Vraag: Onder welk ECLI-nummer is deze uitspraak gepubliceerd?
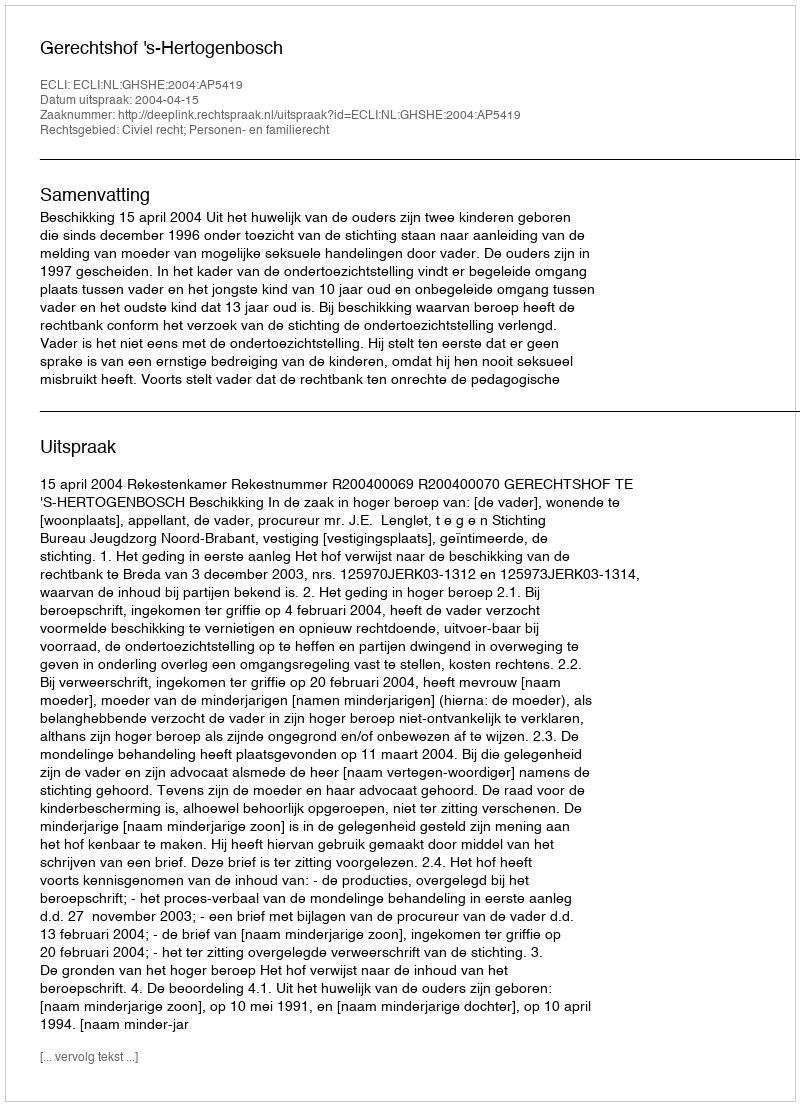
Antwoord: ECLI:NL:GHSHE:2004:AP5419